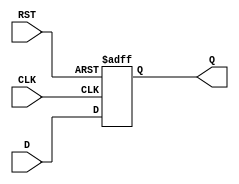
module input_register (
    input wire D,       // Data Input
    input wire CLK,     // Clock Input
    input wire RST,     // Asynchronous Reset
    output reg Q        // Data Output
);

    // Always block triggered on the clock edge
    always @(posedge CLK or posedge RST) begin
        if (RST) begin
            Q <= 1'b0;  // Reset the output to 0
        end else begin
            Q <= D;     // Capture the input data on the clock edge
        end
    end

endmodule